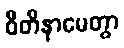
ဝီတိနာမေတွာ